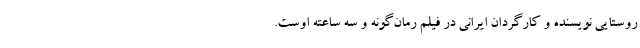
روستایی نویسنده و کارگردان ایرانی در فیلم رمان‌گونه و سه ساعته اوست.